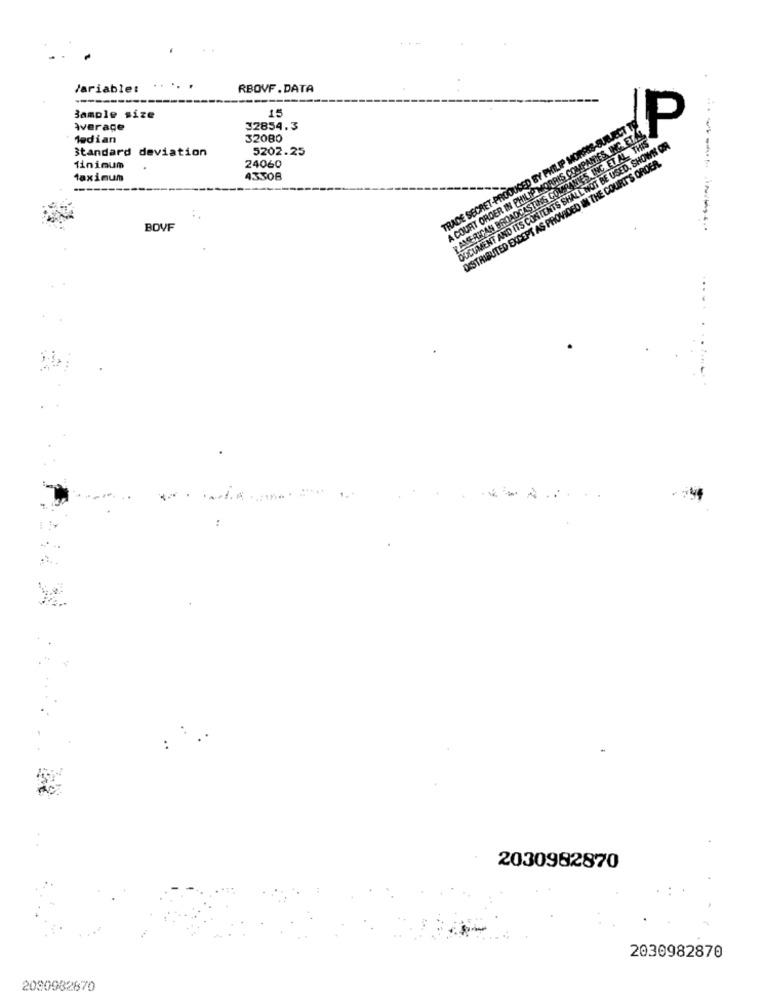
Variable:
RBOVF . DATA
----
15
Sample size
werace
32854.3
TRADE SECRET-PRODUCED BY PHILIP MORRIS-SUBJECT T
A COURT ORDER IN PHILIP MORRIS COMPANIES INC. ET.AL.
Median
32080
AMERICAN BROADCASTING COMPANIES INC.ET AL. THIS
DUCUMENT AND ITS CONTENTS SHALL NOT BE USED, SHOWN OR
P
Standard deviation
5202.25
DISTRIBUTED EXCEPT AS PROVIDED IN THE COURT'S ORDER.
Minimum
24060
Maximum
43508
BOVF
--------
........
2030982870
2030982870
2080982870